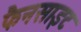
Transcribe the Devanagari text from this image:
फैनसाइट